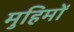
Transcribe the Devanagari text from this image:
मुहिमों